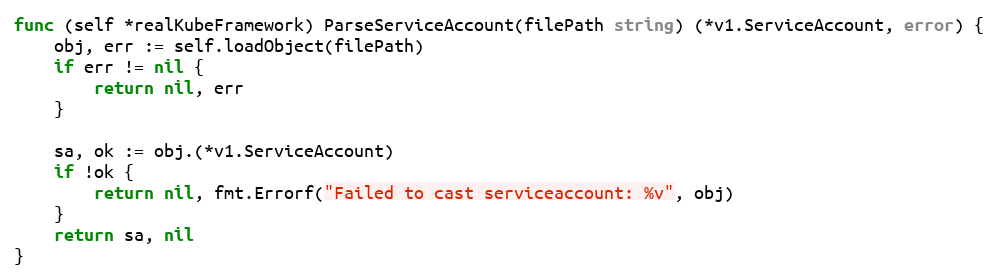
Language: Go
func (self *realKubeFramework) ParseServiceAccount(filePath string) (*v1.ServiceAccount, error) {
	obj, err := self.loadObject(filePath)
	if err != nil {
		return nil, err
	}

	sa, ok := obj.(*v1.ServiceAccount)
	if !ok {
		return nil, fmt.Errorf("Failed to cast serviceaccount: %v", obj)
	}
	return sa, nil
}